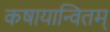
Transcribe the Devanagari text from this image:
कषायान्वितम्